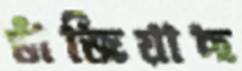
ভাঁজিয়াছ